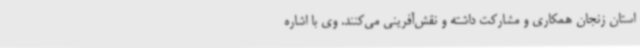
استان زنجان همکاری و مشارکت داشته و نقش‌آفرینی می‌کنند. وی با اشاره